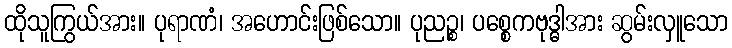
ထိုသူကြွယ်အား။ ပုရာဏံ၊ အဟောင်းဖြစ်သော။ ပုညဉ္စ၊ ပစ္စေကဗုဒ္ဓါအား ဆွမ်းလှူသော